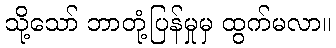
သို့သော် ဘာတုံ့ပြန်မှုမှ ထွက်မလာ။